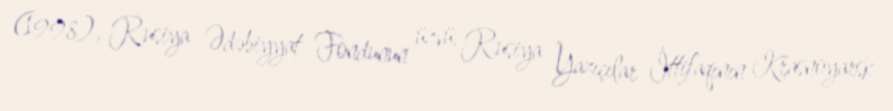
(1998), Rusiya Ədəbiyyat Fondunun üzvü, Rusiya Yazıçılar İttifaqının Krasnoyarsk